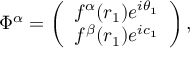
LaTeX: \Phi ^ { \alpha } = \left( \begin{array} { c } { { f ^ { \alpha } ( r _ { 1 } ) e ^ { i \theta _ { 1 } } } } \\ { { f ^ { \beta } ( r _ { 1 } ) e ^ { i c _ { 1 } } } } \end{array} \right) ,